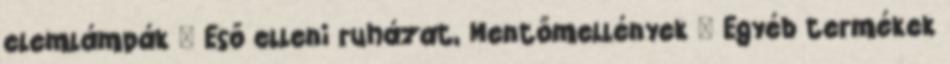
elemlámpák » Eső elleni ruházat, Mentőmellények » Egyéb termékek